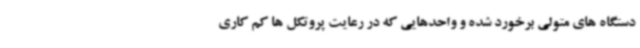
دستگاه های متولی برخورد شده و واحدهایی که در رعایت پروتکل ها کم کاری